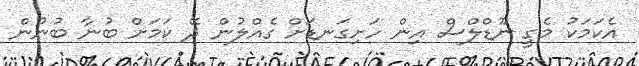
އެކަމަކު މެގީ ނޫޑްލްސް އިން ހަށިގަނޑަށް ގެއްލުން ދޭ ކަމަށް ބުނާ ބުނުން